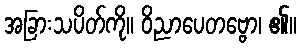
အခြားသပိတ်ကို။ ဝိညာပေတဗ္ဗော၊ ၏။